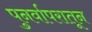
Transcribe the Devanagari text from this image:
पुनर्वापरातून